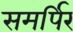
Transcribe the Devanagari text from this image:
समर्पिर